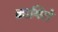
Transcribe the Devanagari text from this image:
कायिरो